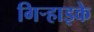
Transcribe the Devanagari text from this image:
गिर्‍हाइके